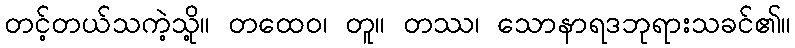
တင့်တယ်သကဲ့သို့။ တထေဝ၊ တူ။ တဿ၊ သောနာရဒဘုရားသခင်၏။